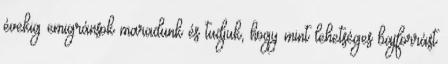
évekig emigránsok maradunk és tudjuk, hogy mint lehetséges bajforrást